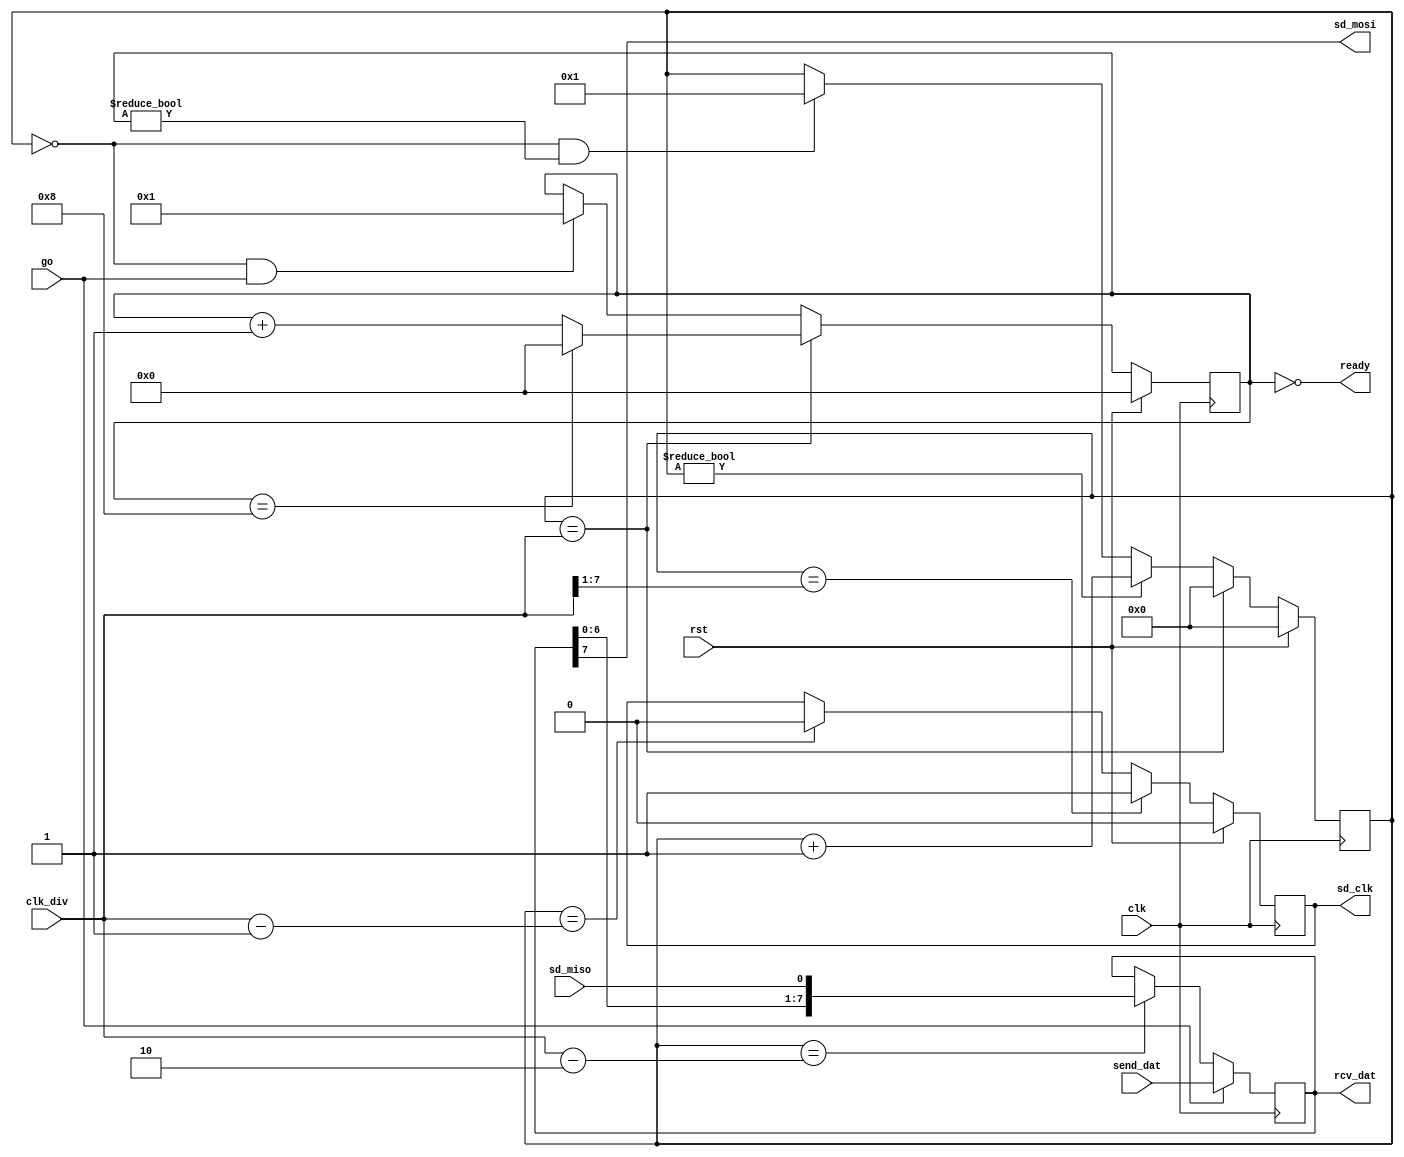
module sd_spi
  (input clk,
   input rst,
   
   // SD Card interface
   output reg sd_clk,
   output sd_mosi,
   input sd_miso,
   
   // Controls
   input [7:0] clk_div,
   input [7:0] send_dat,
   output [7:0] rcv_dat,
   input go,
   output ready);

   reg [7:0] clk_ctr;   
   reg [3:0] bit_ctr;

   wire      bit_ready = (clk_ctr == 8'd0);
   wire      bit_busy = (clk_ctr != 8'd0);
   wire      bit_done = (clk_ctr == clk_div);

   wire      send_clk_hi = (clk_ctr == (clk_div>>1));
   wire      latch_dat = (clk_ctr == (clk_div - 8'd2));     
   wire      send_clk_lo = (clk_ctr == (clk_div - 8'd1));

   wire      send_bit = (bit_ready && (bit_ctr != 0));
   assign    ready = (bit_ctr == 0);
   
   always @(posedge clk)
     if(rst)
       clk_ctr <= 0;
     else if(bit_done)
       clk_ctr <= 0;
     else if(bit_busy)
       clk_ctr <= clk_ctr + 1;
     else if(send_bit)
       clk_ctr <= 1;

   always @(posedge clk)
     if(rst)
       sd_clk <= 0;
     else if(send_clk_hi)
       sd_clk <= 1;
     else if(send_clk_lo)
       sd_clk <= 0;
   
   always @(posedge clk)
     if(rst)
       bit_ctr <= 0;
     else if(bit_done)
       if(bit_ctr == 4'd8)
	 bit_ctr <= 0;
       else
	 bit_ctr <= bit_ctr + 1;
     else if(bit_ready & go)
       bit_ctr <= 1;
   
   reg [7:0] shift_reg;
   always @(posedge clk)
     if(go)
       shift_reg <= send_dat;
     else if(latch_dat)
       shift_reg <= {shift_reg[6:0],sd_miso};

   assign    sd_mosi = shift_reg[7];
   assign    rcv_dat = shift_reg;
   
endmodule